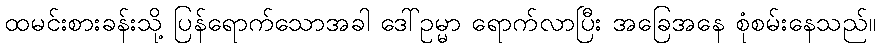
ထမင်းစားခန်းသို့ ပြန်ရောက်သောအခါ ဒေါ်ဥမ္မာ ရောက်လာပြီး အခြေအနေ စုံစမ်းနေသည်။